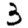
Digit: 3